Calcutta medical institutions reports 1879-81 [i.e.91]
Year: 1879
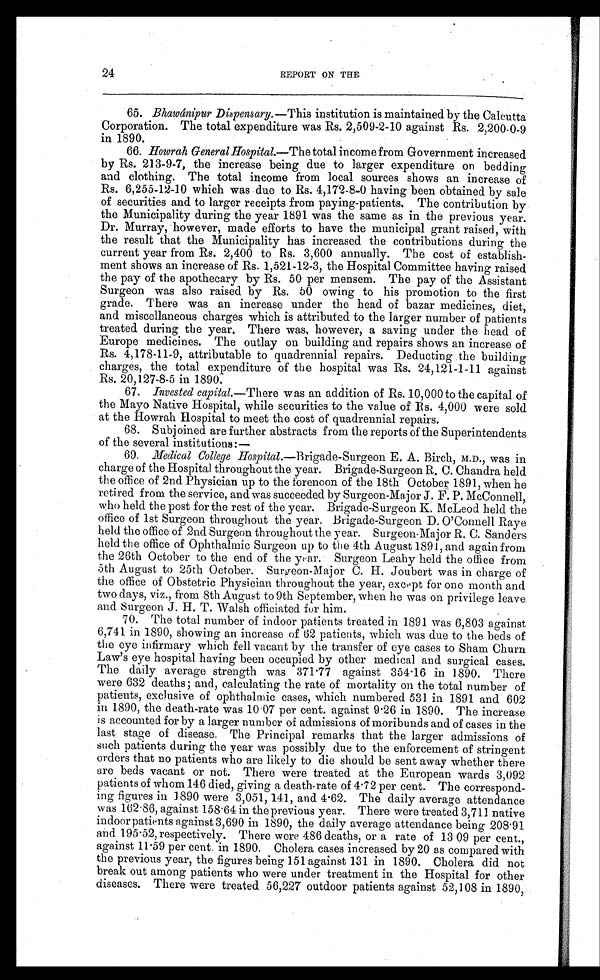
24
REPORT ON THE
65. Bhawánipur Dispensary .—This institution is maintained by the Calcutta
Corporation. The total expenditure was Rs. 2,509-2-10 against Rs. 2,200-0-9
in 1890.
66. Howrah General Hospital.—The total income from Government increased
by Rs. 213-9-7, the increase being due to larger expenditure on bedding
and clothing. The total income from local sources shows an increase of
Rs. 6,255-12-10 which was due to Rs. 4,172-8-0 having been obtained by sale
of securities and to larger receipts from paying-patients. The contribution by
the Municipality during the year 1891 was the same as in the previous year.
Dr. Murray, however, made efforts to have the municipal grant raised, with
the result that the Municipality has increased the contributions during the
current year from Rs. 2,400 to Rs. 3,600 annually. The cost of establish-
ment shows an increase of Rs. 1,521-12-3, the Hospital Committee having raised
the pay of the apothecary by Rs. 50 per mensem. The pay of the Assistant
Surgeon was also raised by Rs. 50 owing to his promotion to the first
grade. There was an increase under the head of bazar medicines, diet,
and miscellaneous charges which is attributed to the larger number of patients
treated during the year. There was, however, a saving under the head of
Europe medicines. The outlay on building and repairs shows an increase of
Rs. 4,178-11-9, attributable to quadrennial repairs. Deducting the building
charges, the total expenditure of the hospital was Rs. 24,121-1-11 against
Rs. 20,127-8-5 in 1890.
67. Invested capital.—There was an addition of Rs. 10,000 to the capital of
the Mayo Native Hospital, while securities to the value of Rs. 4,000 were sold
at the Howrah Hospital to meet the cost of quadrennial repairs.
68. Subjoined are further abstracts from the reports of the Superintendents
of the several institutions :—
69.
Medical College Hospital .—Brigade-Surgeon E. A. Birch, M.D., was in
charge of the Hospital throughout the year. Brigade-Surgeon R. C. Chandra held
the office of 2nd Physician up to the forenoon of the 18th October 1891, when he
retired from the service, and was succeeded by Surgeon-Major J. F. P. McConnell,
who held the post for the rest of the year. Brigade-Surgeon K. McLeod held the
office of 1st Surgeon throughout the year. Brigade-Surgeon D. O'Connell Raye
held the office of 2nd Surgeon throughout the year. Surgeon-Major R. C. Sanders
held the office of Ophthalmic Surgeon up to the 4th August 1891, and again from
the 26th October to the end of the year. Surgeon Leahy held the office from
5th August to 25th October. Surgeon-Major C. H. Joubert was in charge of
the office of Obstetric Physician throughout the year, except for one month and
two days, viz., from 8th August to 9th September, when he was on privilege leave
and Surgeon J. H. T. Walsh officiated for him.
70. The total number of indoor patients treated in 1891 was 6,803 against
6,741 in 1890, showing an increase of 62 patients, which was due to the beds of
the eye infirmary which fell vacant by the transfer of eye cases to Sham Churn
Law's eye hospital having been occupied by other medical and surgical cases.
The daily average strength was 371.77 against 354.16 in 1890. There
were 632 deaths; and, calculating the rate of mortality on the total number of
patients, exclusive of ophthalmic cases, which numbered 531 in 1891 and 602
in 1890, the death-rate was 10.07 per cent. against 9.26 in 1890. The increase
is accounted for by a larger number of admissions of moribunds and of cases in the
last stage of disease. The Principal remarks that the larger admissions of
such patients during the year was possibly due to the enforcement of stringent
orders that no patients who are likely to die should be sent away whether there
are beds vacant or not. There were treated at the European wards 3,092
patients of whom 146 died, giving a death-rate of 4.72 per cent. The correspond-
ing figures in 1890 were 3,051, 141, and 4.62. The daily average attendance
was 162.86, against 158.64 in the previous year. There were treated 3,711 native
indoor patients against 3,690 in 1890, the daily average attendance being 208.91
and 195.52, respectively. There were 486 deaths, or a rate of 13 09 per cent.,
against 11.59 per cent. in 1890. Cholera cases increased by 20 as compared with
the previous year, the figures being 151 against 131 in 1890. Cholera did not
break out among patients who were under treatment in the Hospital for other
diseases. There were treated 56,227 outdoor patients against 52,108 in 1890,